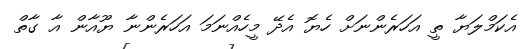
އެކަމްލަޔާ ތީ އަހަރެންނަށް ހެޔޮ އެދޭ މީހެއްނަމަ އަހަރެންނާ ޔޫއާން އާ ގާތް